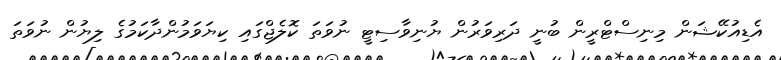
އެޑިއުކޭޝަން މިނިސްޓްރީން ބުނީ ދަރިވަރުން ޔުނިވާސިޓީ ނުވަތަ ކޮލެޖްގައި ކިޔަވަމުންދާކަމުގެ ލިޔުން ނުވަތަ